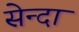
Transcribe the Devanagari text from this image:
सेन्दा